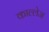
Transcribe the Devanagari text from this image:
काल्लेज